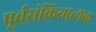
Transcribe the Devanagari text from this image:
पूर्वसंक्रियात्मक